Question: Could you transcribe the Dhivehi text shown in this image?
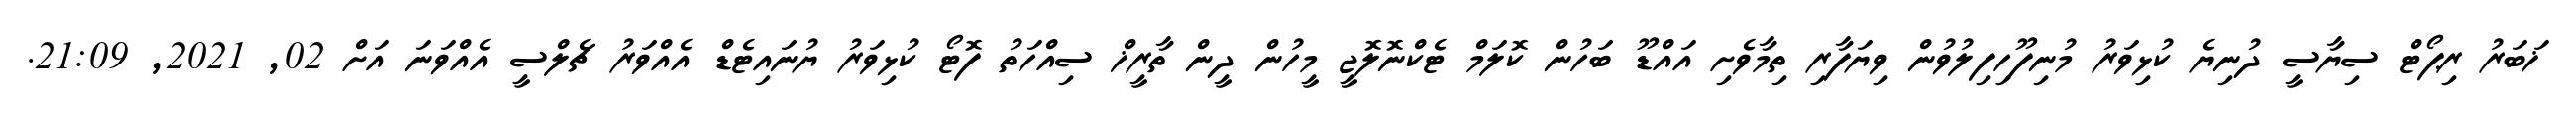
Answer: ޚަބަރު ރިޕޯޓް ސިޔާސީ ދުނިޔެ ކުޅިވަރު މުނިފޫހިފިލުވުން ވިޔަފާރި ތިމާވެށި އައްޑޫ ބަހުން ކޮލަމް ޓެކްނޮލޮޖީ މީހުން ދީން ތާރީޚް ސިއްހަތު ފޮޓޯ ކުޅިވަރު ޔުނައިޓެޑް އެއްވަރު ޗެލްސީ އެއްވަނަ އަށް 02, 2021, 21:09.